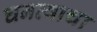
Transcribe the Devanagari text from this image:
घनत्वाचा